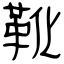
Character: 靴